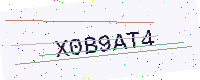
Text: X0B9AT4